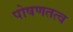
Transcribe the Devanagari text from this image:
पोषणतत्व